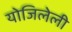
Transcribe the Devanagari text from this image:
योजिलेली